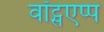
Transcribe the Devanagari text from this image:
वॉट्सएप्प